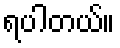
ရပါတယ်။